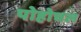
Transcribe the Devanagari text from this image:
पोहोचल